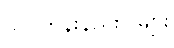
သင်တန်းနည်းပြများ